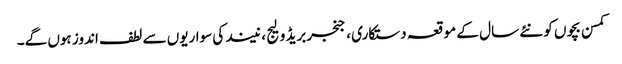
کمسن بچوں کو نئے سال کے موقعہ دستکاری ، جنجربریڈ ولیج ، نیند کی سواریوں سے لطف اندوز ہوں گے۔